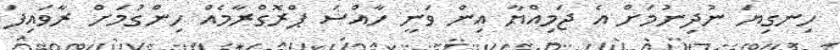
ހިނގިޔަ ނުދިނުމަށް އެ ޖަމިއްޔާ އިން ވަނީ ހާއްސަ ޕްރޮގްރާމެއް ހިންގުމަށް ރާވައިފަ